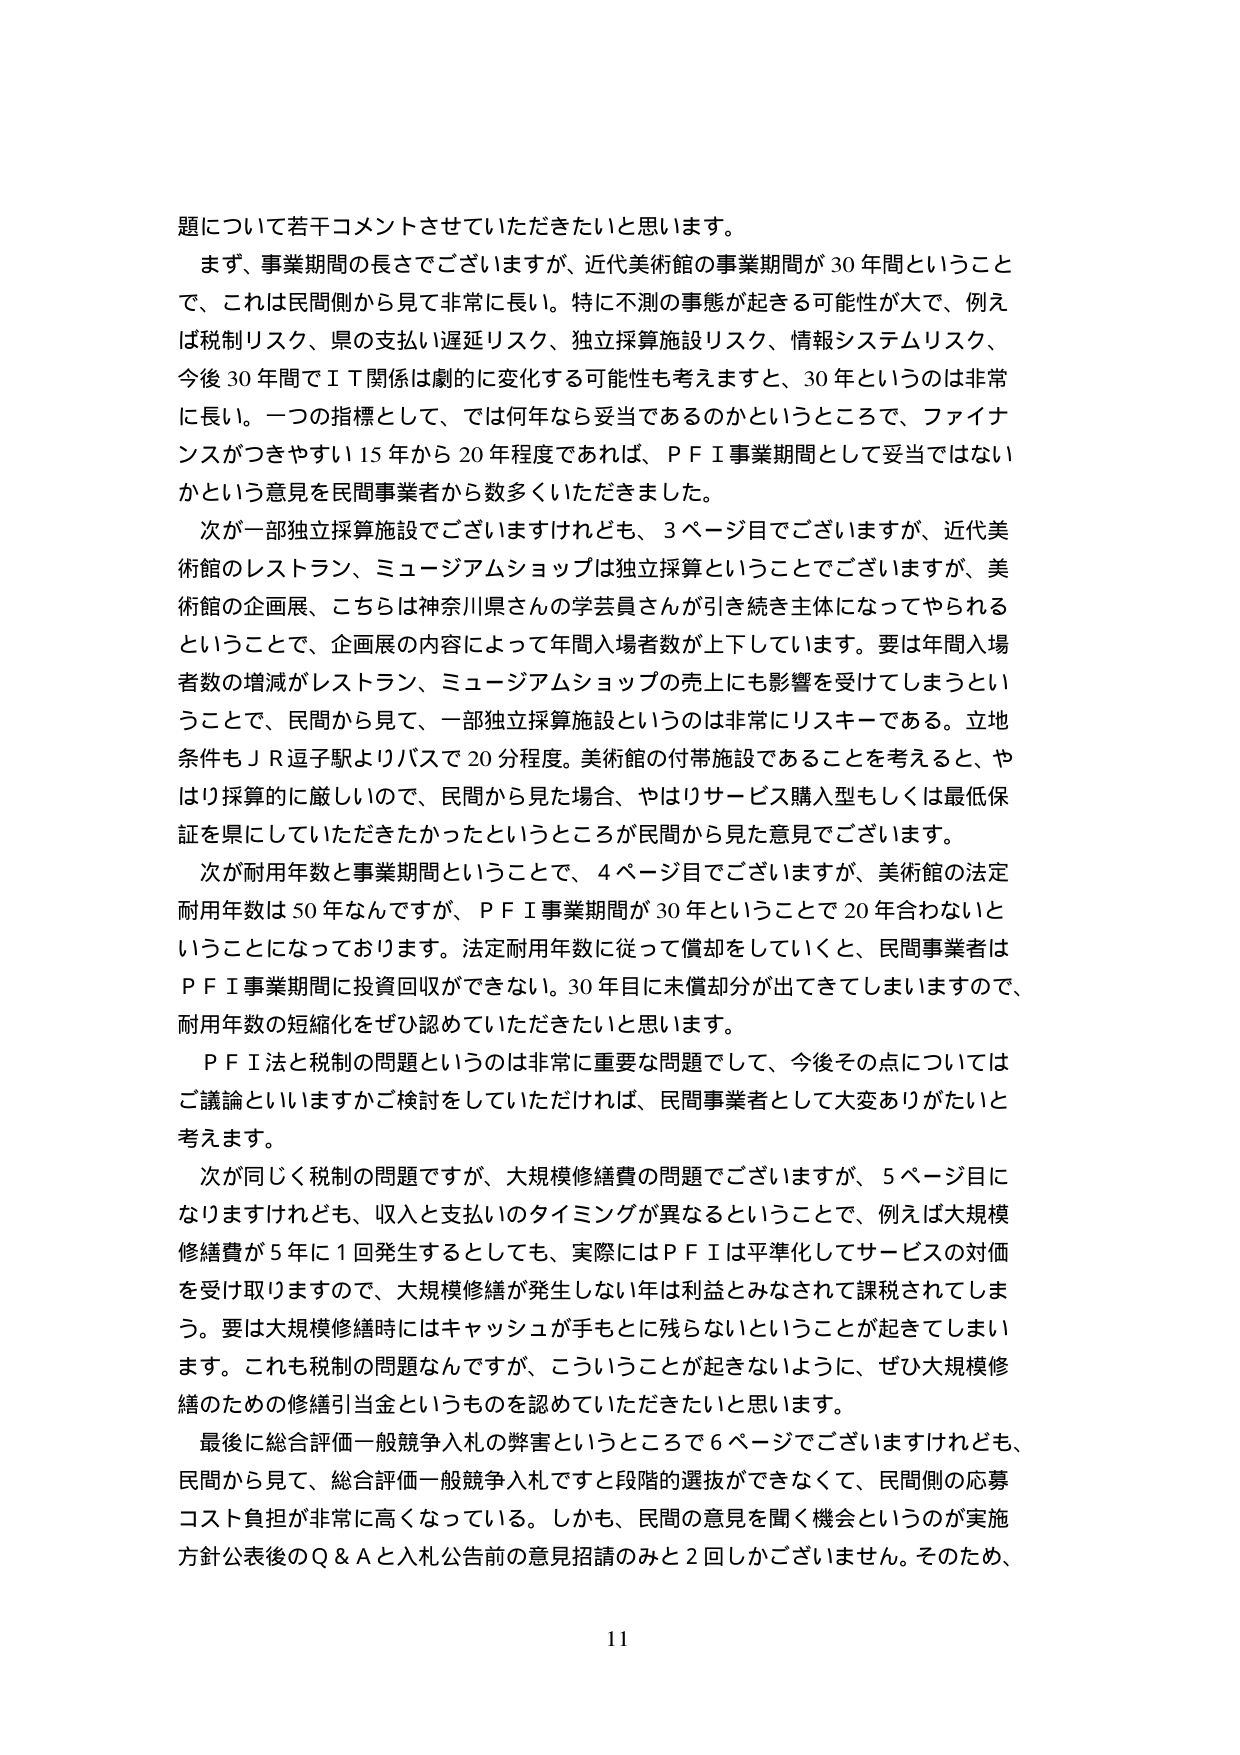
題について若干コメントさせていただきたいと思います。

まず、事業期間の長さでございますが、近代美術館の事業期間が30年間ということで、これは民間側から見て非常に長い。特に不測の事態が起きる可能性が大で、例えば税制リスク、県の支払い遅延リスク、独立採算施設リスク、情報システムリスク、今後30年間でＩＴ関係は劇的に変化する可能性も考えますと、30年というのは非常に長い。一つの指標として、では何年なら妥当であるのかというところで、ファイナンスがつきやすい15年から20年程度であれば、ＰＦＩ事業期間として妥当ではないかという意見を民間事業者から数多くいただきました。

次が一部独立採算施設でございますけれども、3ページ目でございますが、近代美術館のレストラン、ミュージアムショップは独立採算ということでございますが、美術館の企画展、こちらは神奈川県さんの学芸員さんが引き続き主体になってやられるということで、企画展の内容によって年間入場者数が上下しています。要は年間入場者数の増減がレストラン、ミュージアムショップの売上にも影響を受けてしまうということで、民間から見て、一部独立採算施設というのは非常にリスクーである。立地条件もＪＲ逗子駅よりバスで20分程度。美術館の付帯施設であることを考えると、やはり採算的に厳しいので、民間から見た場合、やはりサービス購入型もしくは最低保証を県にしていただきたかったというところが民間から見た意見でございます。

次が耐用年数と事業期間ということで、4ページ目でございますが、美術館の法定耐用年数は50年なんですが、ＰＦＩ事業期間が30年ということで20年合わないということになっております。法定耐用年数に従って償却をしていくと、民間事業者はＰＦＩ事業期間に投資回収ができない。30年目に未償却分が出てきてしまいますので、耐用年数の短縮化をぜひ認めていただきたいと思います。

ＰＦＩ法と税制の問題というのは非常に重要な問題でして、今後その点についてはご議論といいますかご検討をしていただければ、民間事業者として大変ありがたいと考えます。

次が同じく税制の問題ですが、大規模修繕費の問題でございますが、5ページ目になりますけれども、収入と支払いのタイミングが異なるということで、例えば大規模修繕費が5年に1回発生するとしても、実際にはＰＦＩは平準化してサービスの対価を受け取りますので、大規模修繕が発生しない年は利益とみなされて課税されてしまう。要は大規模修繕時にはキャッシュが手もとに残らないということが起きてしまいます。これも税制の問題なんですが、こういうことが起きないように、ぜひ大規模修繕のための修繕引当金というものを認めていただきたいと思います。

最後に総合評価一般競争入札の弊害ということで6ページでございますけれども、民間から見て、総合評価一般競争入札ですと段階的選抜ができなくて、民間側の応募コスト負担が非常に高くなっている。しかも、民間の意見を聞く機会というのが実施方針公表後のＱ＆Ａと入札公告前の意見招請のみと2回しかございません。そのため、

11